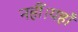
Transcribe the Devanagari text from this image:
नहीं।यहाँ